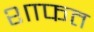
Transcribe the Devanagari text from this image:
शाफत